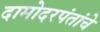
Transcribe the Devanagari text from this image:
दामोदरपंतांचे